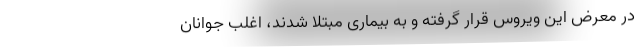
در معرض این ویروس قرار گرفته و به بیماری مبتلا شدند، اغلب جوانان